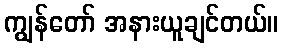
ကျွန်တော် အနားယူချင်တယ်။